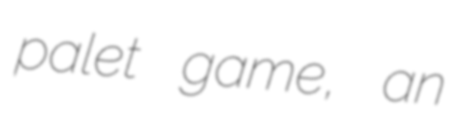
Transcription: palet game, an